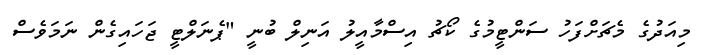
މިއަދުގެ މެޗަށްފަހު ސަންޓީމުގެ ކޯޗު އިސްމާއީލު އަނިލް ބުނީ "ޕެނަލްޓީ ޖަހައިގެން ނަމަވެސް